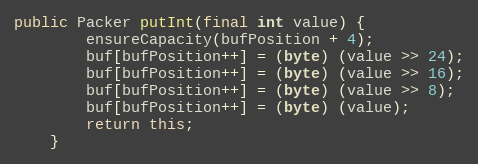
Language: Java
public Packer putInt(final int value) {
		ensureCapacity(bufPosition + 4);
		buf[bufPosition++] = (byte) (value >> 24);
		buf[bufPosition++] = (byte) (value >> 16);
		buf[bufPosition++] = (byte) (value >> 8);
		buf[bufPosition++] = (byte) (value);
		return this;
	}